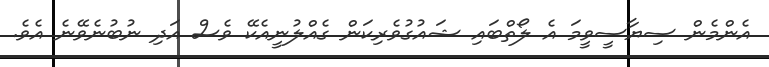
އެންމެން ސިޔާސީވީމަ އެ ލޯތްބައި ޝައުގުވެރިކަން ގެއްލުނީއެކޭ ވެސް އަދި ނުބުނެވޭނެ އެވެ.